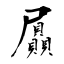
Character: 屭